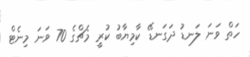
ހަތް ވަނަ ލަނޑު ދަގަނޑޭ ކާމިޔާބު ކުރީ މެޗްގެ 70 ވަނަ މިނެޓް